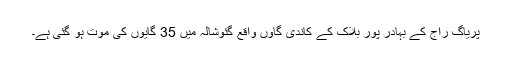
پریاگ راج کے بہادر پور بلاک کے کاندی گاؤں واقع گئوشالہ میں 35 گایوں کی موت ہو گئی ہے۔